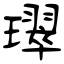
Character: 璻